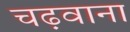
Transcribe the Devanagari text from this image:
चढ़वाना